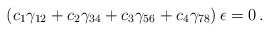
\begin{align*} (c_1\gamma_{12}+c_2\gamma_{34}+c_3\gamma_{56} +c_4\gamma_{78})\,\epsilon = 0\,.\end{align*}